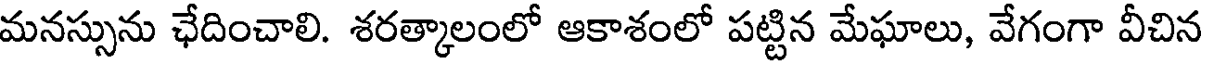
మనస్సును ఛేదించాలి. శరత్కాలంలో ఆకాశంలో పట్టిన మేఘాలు, వేగంగా వీచిన